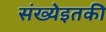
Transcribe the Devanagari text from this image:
संख्येइतकी